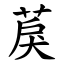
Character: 䓞